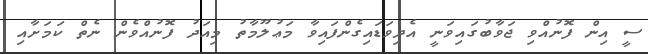
ސީ އިން ފޮނުއްވި ޖަވާބުގައިވަނީ އެދިވަޑައިގެންފައިވާ މަޢުލޫމާތު މިއަދު ފޮނުއްވެން ނެތް ކަމަށާއި